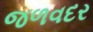
જળવદર